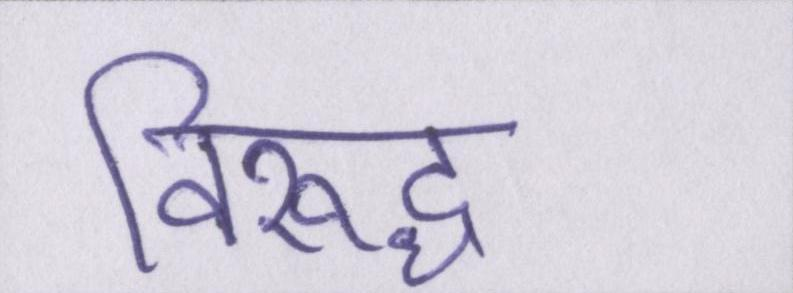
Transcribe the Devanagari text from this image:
विरूद्ध